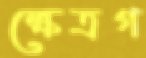
ক্ষেত্রগ